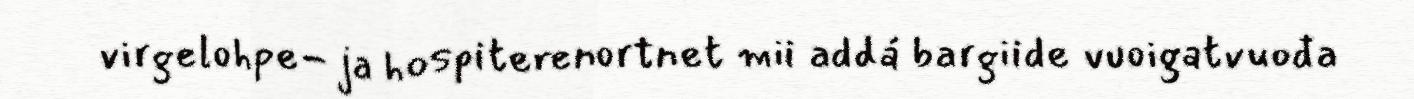
virgelohpe- ja hospiterenortnet mii addá bargiide vuoigatvuođa